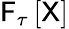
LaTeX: \mathsf{F}_{\tau}\left[\mathsf{X}\right]